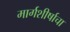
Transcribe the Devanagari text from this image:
मार्गशीर्षाचा